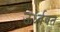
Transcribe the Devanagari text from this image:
ऊर्ध्ववत